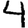
Digit: 4